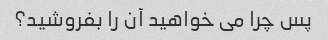
پس چرا می خواهید آن را بفروشید؟